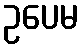
ဥပေမ